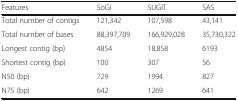
<table><thead><tr><td><b>Features</b></td><td><b>SoGI</b></td><td><b>SUGIT</b></td><td><b>SAS</b></td></tr></thead><tbody><tr><td>Total number of contigs</td><td>121,342</td><td>107,598</td><td>43,141</td></tr><tr><td>Total number of bases</td><td>88,397,709</td><td>166,929,028</td><td>35,730,322</td></tr><tr><td>Longest contig (bp)</td><td>4854</td><td>18,858</td><td>6193</td></tr><tr><td>Shortest contig (bp)</td><td>100</td><td>307</td><td>56</td></tr><tr><td>N50 (bp)</td><td>729</td><td>1994</td><td>827</td></tr><tr><td>N75 (bp)</td><td>642</td><td>1269</td><td>641</td></tr></tbody></table>